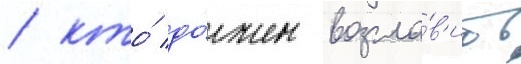
/ кто́ до́лжен возгла́в'ить